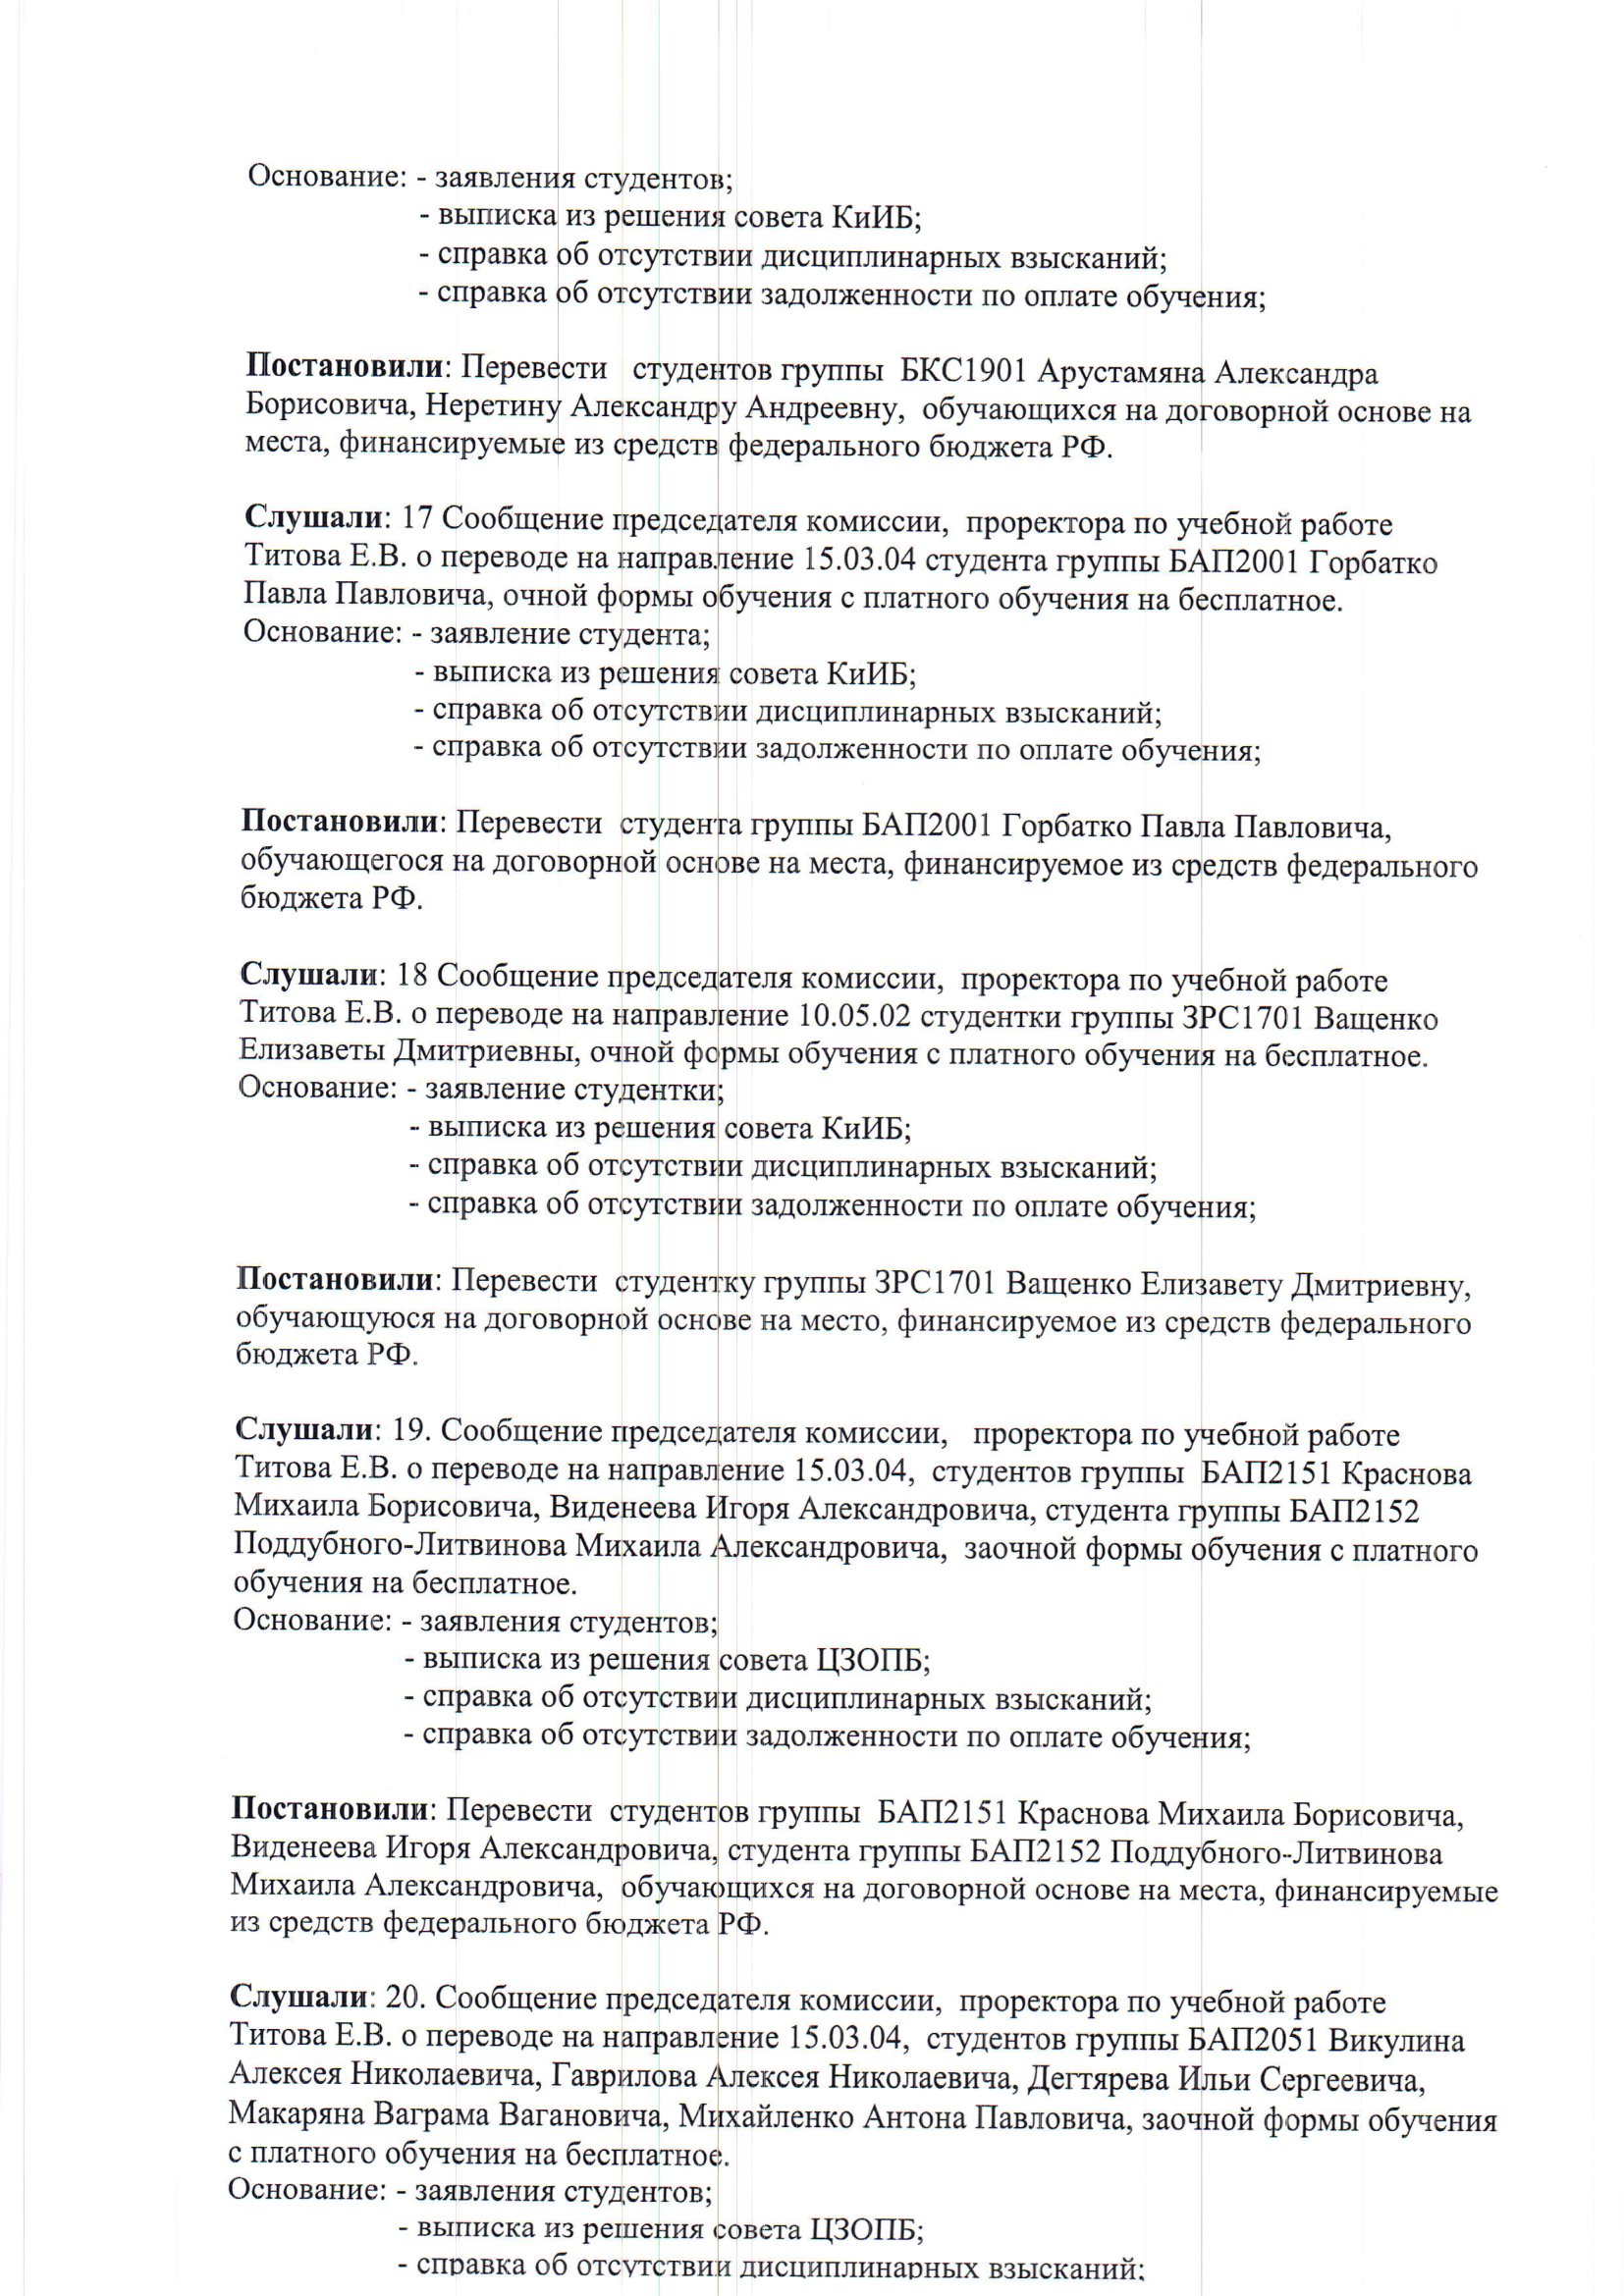
Language: ru